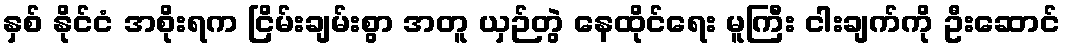
နှစ် နိုင်ငံ အစိုးရက ငြိမ်းချမ်းစွာ အတူ ယှဉ်တွဲ နေထိုင်ရေး မူကြီး ငါးချက်ကို ဦးဆောင်